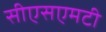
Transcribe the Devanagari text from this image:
सीएसएमटी